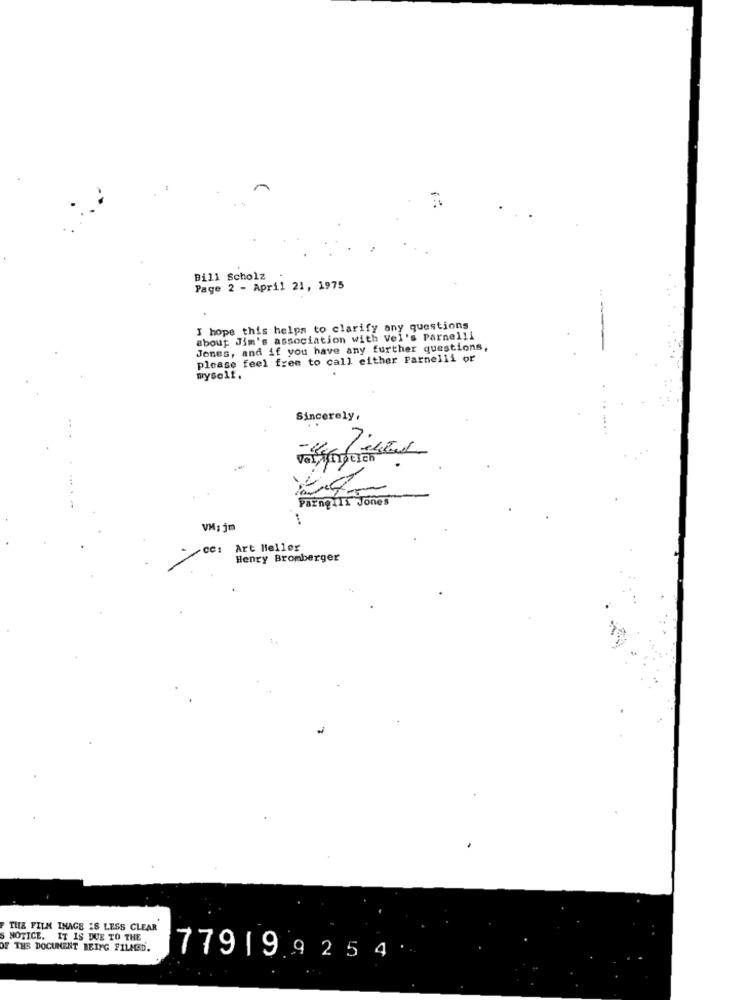
Bill Scholz
Page 2 - April 21, 1975
I hope this helps to clarify any questions
about Jim's association with Vel's Parnelli
Jones, and if you have any further questions,
please feel free to call either Parnelli or
myself.
Sincerely,
Parng111 Jones
VM; jm
CC :
Art Heller
Henry Bromberger
THE FILM INAGE IS LESS CLEAR
NOTICE. IT IS DUE TO THE
OF THE DOCUMENT BEING FILMED.
779199254